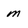
Character: m